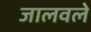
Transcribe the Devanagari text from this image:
जालवले